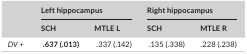
| <ROWSPAN=2>  | <COLSPAN=2> Left hippocampus | <COLSPAN=2> Right hippocampus |
 | SCH | MTLE L | SCH | MTLE R |
 | --- | --- | --- | --- | --- |
 | DV + | .637 (.013) | .337 (.142) | .135 (.338) | .228 (.238) |